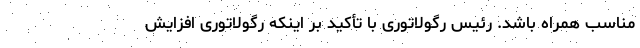
مناسب همراه باشد. رئیس رگولاتوری با تأکید بر اینکه رگولاتوری افزایش